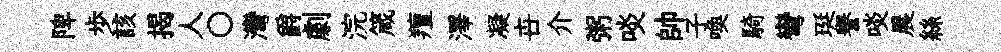
陴歩該揭人〇灣爵劇浣箴羶澤凝卋介粥啖帥子喚騎彎珽譽啖晨絲